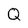
Character: Q